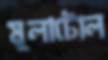
মূলাটোল